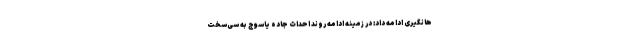
هانگیری ادامه داد: در زمینه ادامه روند احداث جاده یاسوج به سی‌سخت